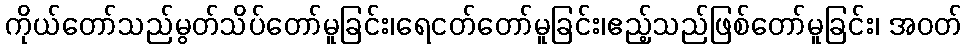
ကိုယ်တော်သည်မွတ်သိပ်တော်မူခြင်း၊ရေငတ်တော်မူခြင်း၊ဧည့်သည်ဖြစ်တော်မူခြင်း၊ အဝတ်